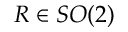
R \in S O ( 2 )